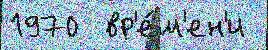
1970  вр'е́м'ен'и